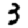
Digit: 3